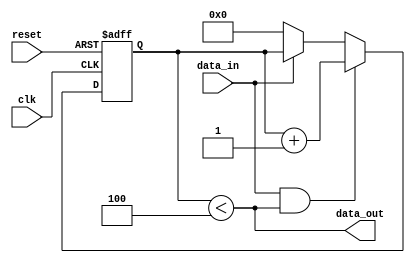
module fifo_almost_empty (
    input wire clk,
    input wire reset,
    input wire data_in,
    output reg data_out
);

parameter THRESHOLD = 4;

reg [3:0] counter;

always @(posedge clk or posedge reset) begin
    if (reset) begin
        counter <= 4'b0;
    end else begin
        if (data_in && (counter < THRESHOLD)) begin
            counter <= counter + 1;
        end else if (!data_in) begin
            counter <= 4'b0;
        end
    end
end

assign data_out = (counter < THRESHOLD);

endmodule